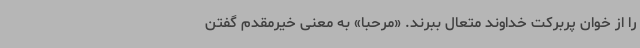
را از خوان پربرکت خداوند متعال ببرند. «مرحبا» به معنی خیرمقدم گفتن